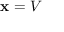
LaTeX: \mathbf { x } = V